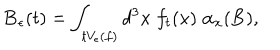
LaTeX: { \bf B } _ { \epsilon } ( t ) = \int _ { t V _ { \epsilon } ( f ) } d ^ { 3 } x \; f _ { t } ( x ) \; \alpha _ { x } ( { \bf B } ) ,